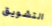
التشويق